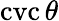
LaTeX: \operatorname{cvc}\theta